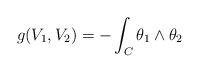
LaTeX: \begin{align*}g(V_1,V_2) = - \int_C \theta_1 \wedge \theta_2\end{align*}